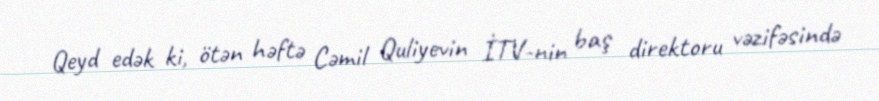
Qeyd edək ki, ötən həftə Cəmil Quliyevin İTV-nin baş direktoru vəzifəsində